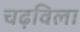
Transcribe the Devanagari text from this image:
चढ़विला